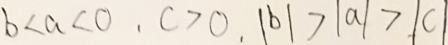
b < a < 0 , c > 0 , \vert b \vert > \vert a \vert > \vert c \vert